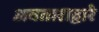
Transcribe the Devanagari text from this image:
अवताराद्वारे